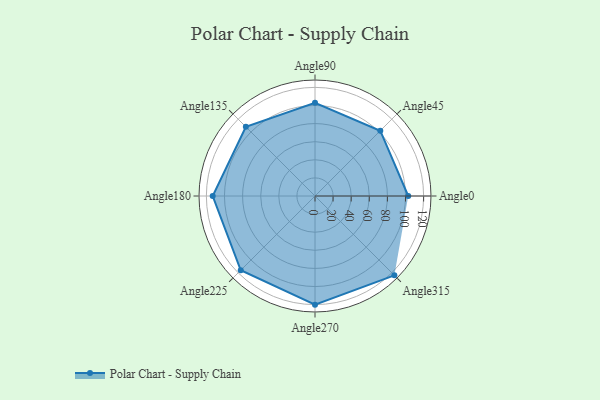
{"axis": {"x": "Angle", "y": "Radius"}, "legend": [""], "data": [{"x": "Angle0", "y": 103.0, "type": ""}, {"x": "Angle45", "y": 102.0, "type": ""}, {"x": "Angle90", "y": 103.0, "type": ""}, {"x": "Angle135", "y": 108.0, "type": ""}, {"x": "Angle180", "y": 113.0, "type": ""}, {"x": "Angle225", "y": 116.0, "type": ""}, {"x": "Angle270", "y": 120.0, "type": ""}, {"x": "Angle315", "y": 124.0, "type": ""}]}